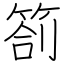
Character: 箚